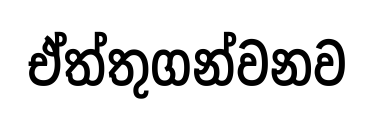
ඒත්තුගන්වනව